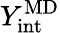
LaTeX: Y_{\mathrm{int}}^{\textrm{MD}}